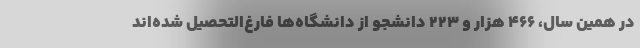
در همین سال، ۴۶۶ هزار و ۲۲۳ دانشجو از دانشگاه‌ها فارغ‌التحصیل شده‌اند